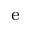
_ \mathrm { e }